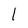
Character: l